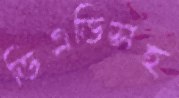
ডিএডিসহ